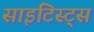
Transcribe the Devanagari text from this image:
साइंटिस्ट्स